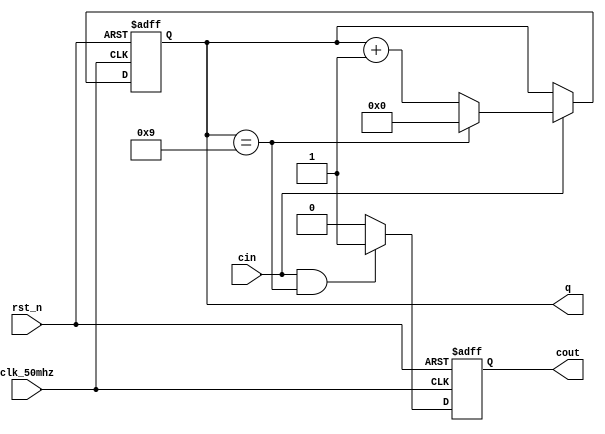
/**
* @brief:
* BCD0~9 -> 0000~1001
*/
module bcd_counter(
	input wire clk_50mhz,
	input wire rst_n,
	input wire cin,
	output reg cout,
	output reg [3:0] q
);

// 
always @(posedge clk_50mhz or negedge rst_n)
	if (rst_n == 1'b0)
		q <= 4'd0;
	else if (cin == 1'b1) begin
		if (q == 4'd9)
			q <= 4'd0;
		else
			q <= q + 1'b1;
	end
	
// 
always @(posedge clk_50mhz or negedge rst_n)
	if (rst_n == 1'b0)
		cout <= 1'b0;
	else if (cin == 1'b1 && q == 4'd9)
		cout <= 1'b1;
	else
		cout <= 1'b0;

endmodule